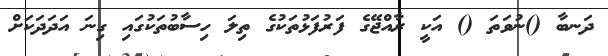
ދަނބާ ()ނުވަތަ () އަކީ ރާއްޖޭގެ ފަރުފަޅުތަކުގެ ތިލަ ހިސާބުތަކުގައި ގިނަ އަދަަދަކަށް